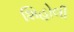
શિહોલી